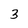
Character: 3